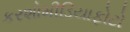
કરશોમીડિયાફોટો